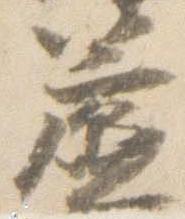
簾